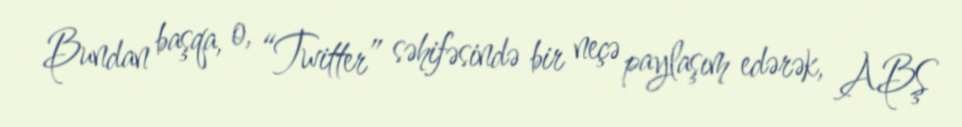
Bundan başqa, o, “Twitter” səhifəsində bir neçə paylaşım edərək, ABŞ